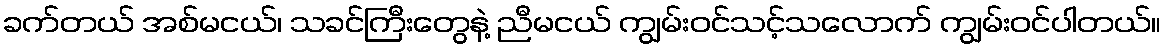
ခက်တယ် အစ်မငယ်၊ သခင်ကြီးတွေနဲ့ ညီမငယ် ကျွမ်းဝင်သင့်သလောက် ကျွမ်းဝင်ပါတယ်။